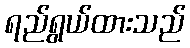
ရည်ရွယ်ထားသည်